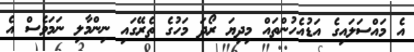
އެ މައްސަލައިގެ އަޑުއެހުންތައް މިދިޔަ ރޯދަ މަހުގެ ތެރޭގައި ނިންމާލި ނަމަވެސް އެ